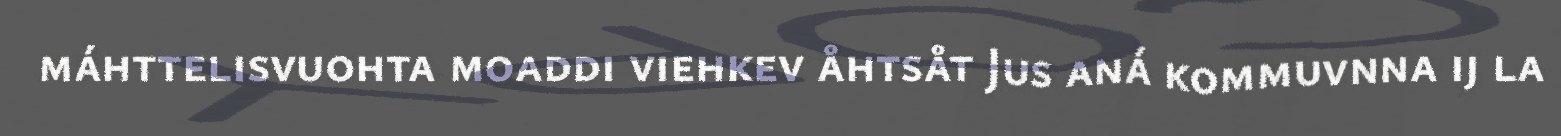
máhttelisvuohta moaddi viehkev åhtsåt Jus aná kommuvnna ij la